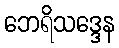
ဘေရိသဒ္ဒေန